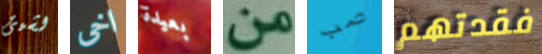
لشيئ اخى بعيدة من صب فقدتهم